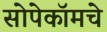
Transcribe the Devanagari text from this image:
सोपेकॉमचे